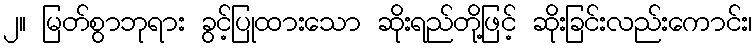
၂။ မြတ်စွာဘုရား ခွင့်ပြုထားသော ဆိုးရည်တို့ဖြင့် ဆိုးခြင်းလည်းကောင်း၊